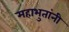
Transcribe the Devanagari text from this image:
महाभुतांनी